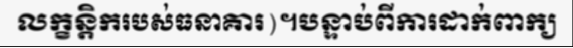
លក្ខន្តិករបស់ធនាគារ)។បន្ទាប់ពីការដាក់ពាក្យ